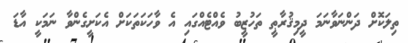
ތިލަކޮށް ދަންނަވާނަމަ ދީމިޤުރާޠީ ތަހުޒީބު ވެއްޓެއްގައި އެ ވާހަކަތަކަށް އެކަށީގެންވާ ނަމަކީ އާޑަ